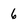
Character: 6